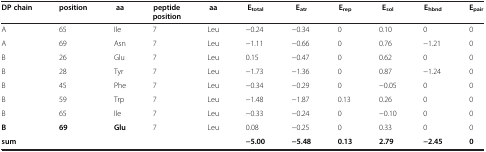
<table><thead><tr><td><b>DP chain</b></td><td><b>position</b></td><td><b>aa</b></td><td><b>peptide position</b></td><td><b>aa</b></td><td><b>E<sub>total</sub></b></td><td><b>E<sub>atr</sub></b></td><td><b>E<sub>rep</sub></b></td><td><b>E<sub>sol</sub></b></td><td><b>E<sub>hbnd</sub></b></td><td><b>E<sub>pair</sub></b></td></tr></thead><tbody><tr><td>A</td><td>65</td><td>Ile</td><td>7</td><td>Leu</td><td>−0.24</td><td>−0.34</td><td>0</td><td>0.10</td><td>0</td><td>0</td></tr><tr><td>A</td><td>69</td><td>Asn</td><td>7</td><td>Leu</td><td>−1.11</td><td>−0.66</td><td>0</td><td>0.76</td><td>−1.21</td><td>0</td></tr><tr><td>B</td><td>26</td><td>Glu</td><td>7</td><td>Leu</td><td>0.15</td><td>−0.47</td><td>0</td><td>0.62</td><td>0</td><td>0</td></tr><tr><td>B</td><td>28</td><td>Tyr</td><td>7</td><td>Leu</td><td>−1.73</td><td>−1.36</td><td>0</td><td>0.87</td><td>−1.24</td><td>0</td></tr><tr><td>B</td><td>45</td><td>Phe</td><td>7</td><td>Leu</td><td>−0.34</td><td>−0.29</td><td>0</td><td>−0.05</td><td>0</td><td>0</td></tr><tr><td>B</td><td>59</td><td>Trp</td><td>7</td><td>Leu</td><td>−1.48</td><td>−1.87</td><td>0.13</td><td>0.26</td><td>0</td><td>0</td></tr><tr><td>B</td><td>65</td><td>Ile</td><td>7</td><td>Leu</td><td>−0.33</td><td>−0.24</td><td>0</td><td>−0.10</td><td>0</td><td>0</td></tr><tr><td><b>B</b></td><td><b>69</b></td><td><b>Glu</b></td><td>7</td><td>Leu</td><td>0.08</td><td>−0.25</td><td>0</td><td>0.33</td><td>0</td><td>0</td></tr><tr><td><b>sum</b></td><td> </td><td> </td><td> </td><td> </td><td><b>−5.00</b></td><td><b>−5.48</b></td><td><b>0.13</b></td><td><b>2.79</b></td><td><b>−2.45</b></td><td><b>0</b></td></tr></tbody></table>